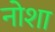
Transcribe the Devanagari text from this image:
नोशा